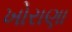
ખોરાણા